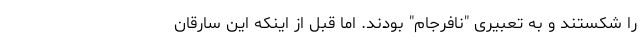
را شکستند و به تعبیری "نافرجام" بودند. اما قبل از اینکه این سارقان